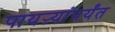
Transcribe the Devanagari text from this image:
पायऱ्यांपर्यंत